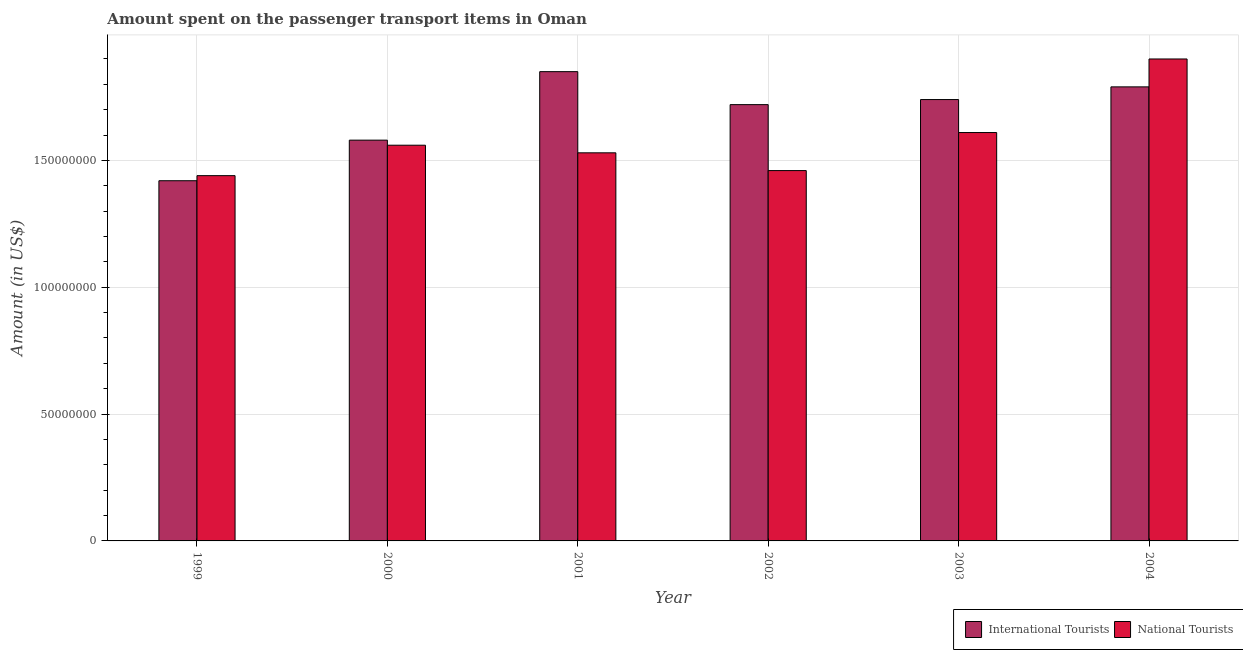
| Year | International Tourists | National Tourists |
 | --- | --- | --- |
 | 1999 | 1.42e+08 | 1.44e+08 |
 | 2000 | 1.58e+08 | 1.56e+08 |
 | 2001 | 1.85e+08 | 1.53e+08 |
 | 2002 | 1.72e+08 | 1.46e+08 |
 | 2003 | 1.74e+08 | 1.61e+08 |
 | 2004 | 1.79e+08 | 1.9e+08 |